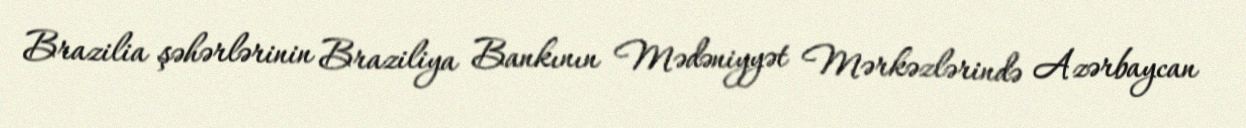
Brazilia şəhərlərinin Braziliya Bankının Mədəniyyət Mərkəzlərində Azərbaycan